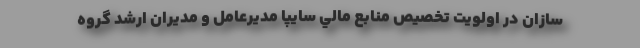
سازان در اولويت تخصيص منابع مالي سایپا مدیرعامل و مدیران ارشد گروه